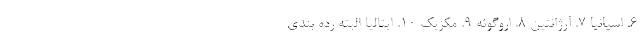
۶. اسپانیا ۷. آرژانتین ۸. اروگوئه ۹. مکزیک ۱۰. ایتالیا البته رده بندی